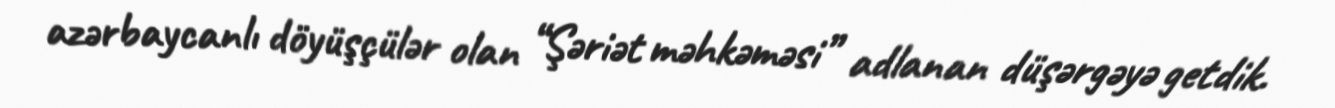
azərbaycanlı döyüşçülər olan “Şəriət məhkəməsi” adlanan düşərgəyə getdik.